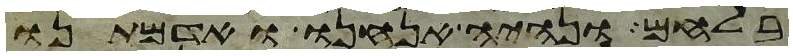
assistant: בלחם ונהיה אנחנו ואדמתנו